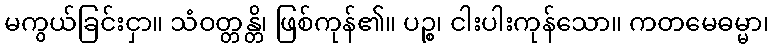
မကွယ်ခြင်းငှာ။ သံဝတ္တန္တိ၊ ဖြစ်ကုန်၏။ ပဉ္စ၊ ငါးပါးကုန်သော။ ကတမေဓမ္မာ၊